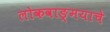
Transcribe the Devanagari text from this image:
लोकवाङ्‌मयाचे